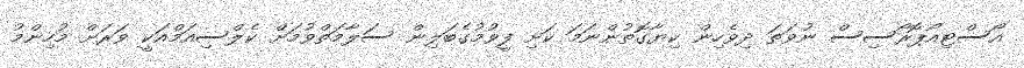
އޯސްޓިއޯޕޮރޯސިސް ނުވަތަ ދިވެހިން ކިޔާގޮތުންނަމަ ކަށި ފީވުމުގެބަލިން ސަލާމަތްވުމަށް ކެލްސިއަމްއަކީ ވަރަށް މުހިންމު